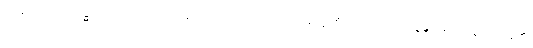
သမုဋ္ဌာယ၊ ဤခန္ဓာကိုယ်ဟူသော အကြောင်းရှိသောကြောင့်။ စိတ္တံ၊ စိတ်ကို။ ဩဿဇ္ဇန္တိ၊ ဖမ်း၍လွှတ်ကုန်၏။